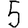
Digit: 5